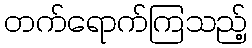
တက်ရောက်ကြသည့်